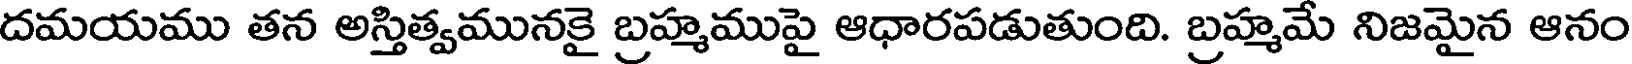
దమయము తన అస్తిత్వమునకై బ్రహ్మముపై ఆధారపడుతుంది. బ్రహ్మమే నిజమైన ఆనం